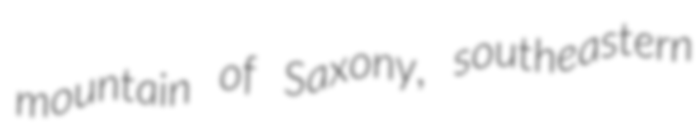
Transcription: mountain of Saxony, southeastern